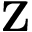
\mathbf { Z }